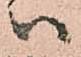
ハ